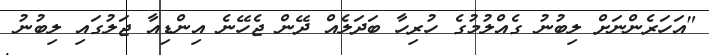
"އަހަރެންނަށް ލިބުނު ގެއްލުމުގެ ހުރިހާ ބަދަަލެއް ދޭން ޖެހޭނެ އިންޑިއާ ޖަލުގައި ލިބުނު